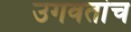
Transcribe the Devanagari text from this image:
उगवतांच